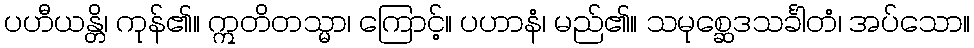
ပဟီယန္တိ၊ ကုန်၏။ ဣတိတသ္မာ၊ ကြောင့်။ ပဟာနံ၊ မည်၏။ သမုစ္ဆေဒသင်္ခါတံ၊ အပ်သော။